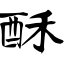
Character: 酥